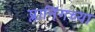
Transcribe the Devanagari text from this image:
प्लानिंगच्या